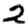
Digit: 2